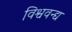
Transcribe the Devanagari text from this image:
विश्ववन्द्य